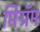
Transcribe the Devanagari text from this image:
मिग्रॅम